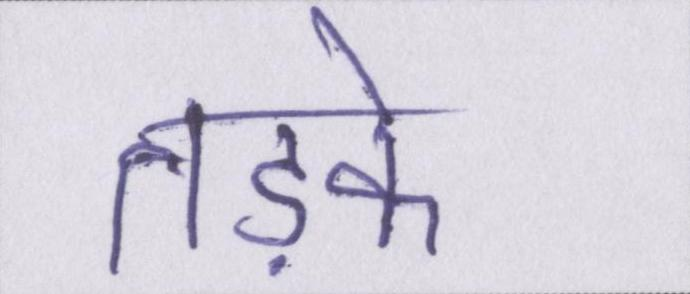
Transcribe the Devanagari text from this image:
तड़के